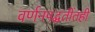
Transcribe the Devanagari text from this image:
वर्णनपद्धतींतही